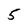
Character: 5